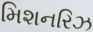
મિશનરિઝ